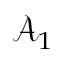
\mathcal { A } _ { 1 }